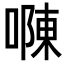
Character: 𠼂